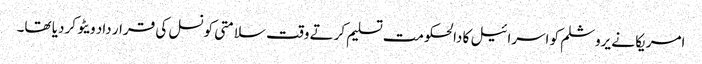
امریکا نے یروشلم کو اسرائیل کا دالحکومت تسلیم کرتے وقت سلامتی کونسل کی قرار داد ویٹو کردیا تھا۔